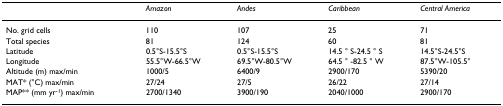
|  | Amazon | Andes | Caribbean | Central America |
 | --- | --- | --- | --- | --- |
 | No. grid cells | 110 | 107 | 25 | 71 |
 | Total species | 81 | 124 | 60 | 81 |
 | Latitude | 0.5°S-15.5°S | 0.5°S-15.5°S | 14.5 ° S-24.5 ° S | 14.5°S-24.5°S |
 | Longitude | 55.5°W-66.5°W | 69.5°W-80.5°W | 64.5 ° -82.5 ° W | 87.5°W-105.5° |
 | Altitude (m) max/min | 1000/5 | 6400/9 | 2900/170 | 5390/20 |
 | MAT* (°C) max/min | 27/24 | 27/5 | 26/22 | 27/14 |
 | MAP** (mm yr-1) max/min | 2700/1340 | 3900/190 | 2040/1000 | 2900/170 |